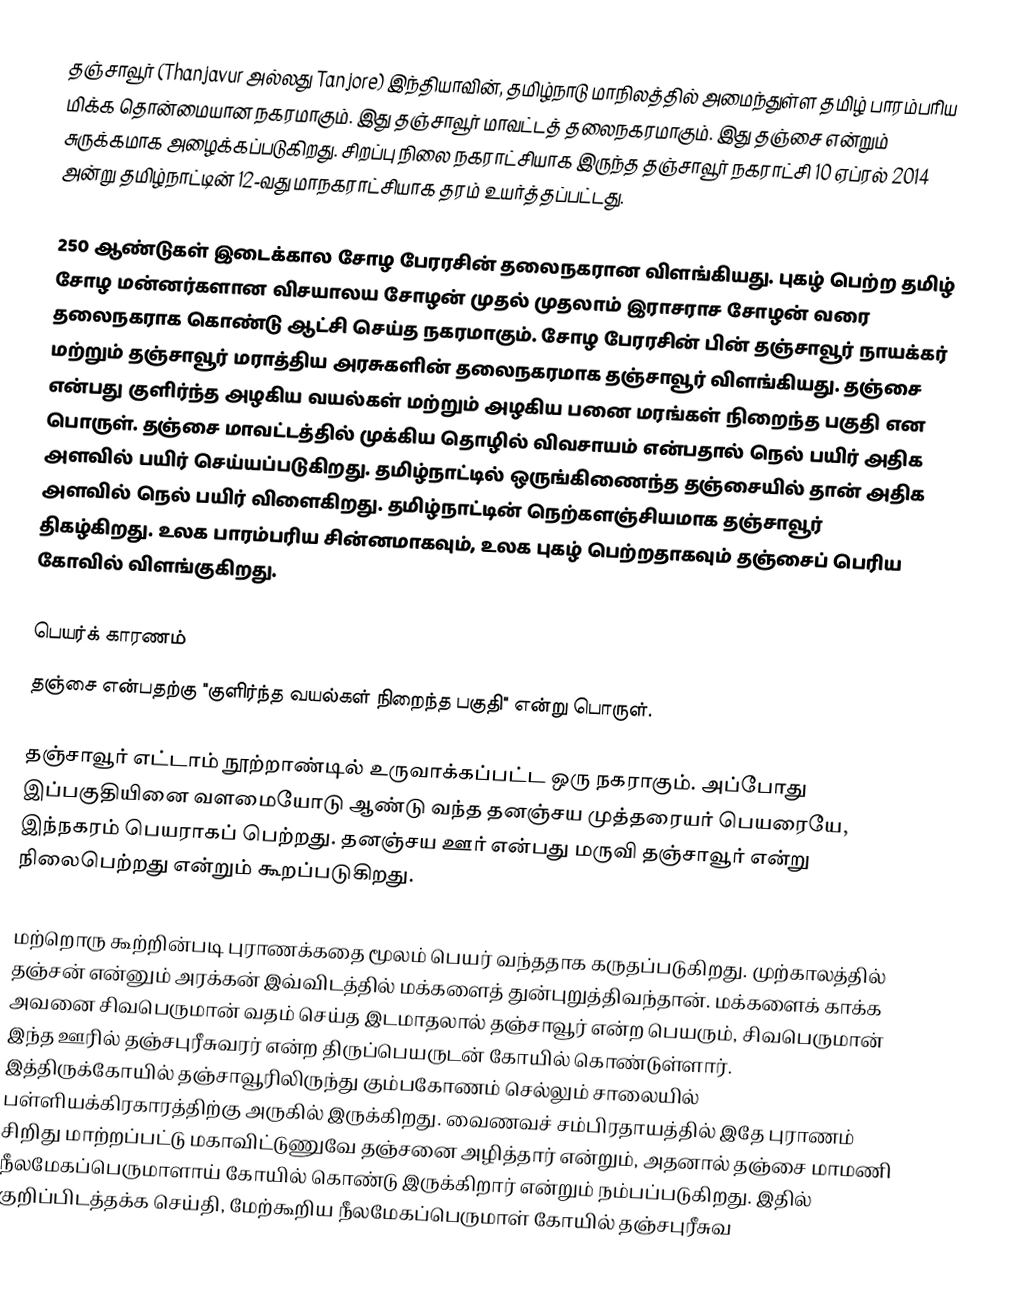
தஞ்சாவூர் (Thanjavur அல்லது Tanjore) இந்தியாவின், தமிழ்நாடு மாநிலத்தில் அமைந்துள்ள தமிழ் பாரம்பரிய மிக்க தொன்மையான நகரமாகும். இது தஞ்சாவூர் மாவட்டத் தலைநகரமாகும்.  இது தஞ்சை என்றும் சுருக்கமாக அழைக்கப்படுகிறது. சிறப்பு நிலை நகராட்சியாக இருந்த தஞ்சாவூர் நகராட்சி 10 ஏப்ரல் 2014 அன்று தமிழ்நாட்டின் 12-வது மாநகராட்சியாக தரம் உயர்த்தப்பட்டது.

250 ஆண்டுகள் இடைக்கால சோழ பேரரசின் தலைநகரான விளங்கியது. புகழ் பெற்ற தமிழ் சோழ மன்னர்களான விசயாலய சோழன் முதல் முதலாம் இராசராச சோழன் வரை தலைநகராக கொண்டு ஆட்சி செய்த நகரமாகும். சோழ பேரரசின் பின் தஞ்சாவூர் நாயக்கர் மற்றும் தஞ்சாவூர் மராத்திய அரசுகளின் தலைநகரமாக தஞ்சாவூர் விளங்கியது. தஞ்சை என்பது குளிர்ந்த அழகிய வயல்கள் மற்றும் அழகிய பனை மரங்கள் நிறைந்த பகுதி என பொருள். தஞ்சை மாவட்டத்தில் முக்கிய தொழில் விவசாயம் என்பதால் நெல் பயிர் அதிக அளவில் பயிர் செய்யப்படுகிறது. தமிழ்நாட்டில் ஒருங்கிணைந்த தஞ்சையில் தான் அதிக அளவில் நெல் பயிர் விளைகிறது. தமிழ்நாட்டின் நெற்களஞ்சியமாக தஞ்சாவூர் திகழ்கிறது. உலக பாரம்பரிய சின்னமாகவும், உலக புகழ் பெற்றதாகவும் தஞ்சைப் பெரிய கோவில் விளங்குகிறது.

பெயர்க் காரணம்
தஞ்சை என்பதற்கு "குளிர்ந்த வயல்கள் நிறைந்த பகுதி" என்று பொருள்.

தஞ்சாவூர் எட்டாம் நூற்றாண்டில் உருவாக்கப்பட்ட ஒரு நகராகும். அப்போது இப்பகுதியினை வளமையோடு ஆண்டு வந்த தனஞ்சய முத்தரையர் பெயரையே, இந்நகரம் பெயராகப் பெற்றது. தனஞ்சய ஊர் என்பது மருவி தஞ்சாவூர் என்று நிலைபெற்றது என்றும் கூறப்படுகிறது.

மற்றொரு கூற்றின்படி புராணக்கதை மூலம் பெயர் வந்ததாக கருதப்படுகிறது. முற்காலத்தில் தஞ்சன் என்னும் அரக்கன் இவ்விடத்தில் மக்களைத் துன்புறுத்திவந்தான். மக்களைக் காக்க அவனை சிவபெருமான் வதம் செய்த இடமாதலால் தஞ்சாவூர் என்ற பெயரும், சிவபெருமான் இந்த ஊரில் தஞ்சபுரீசுவரர் என்ற திருப்பெயருடன் கோயில் கொண்டுள்ளார். இத்திருக்கோயில் தஞ்சாவூரிலிருந்து கும்பகோணம் செல்லும் சாலையில் பள்ளியக்கிரகாரத்திற்கு அருகில் இருக்கிறது. வைணவச் சம்பிரதாயத்தில் இதே புராணம் சிறிது மாற்றப்பட்டு மகாவிட்டுணுவே தஞ்சனை அழித்தார் என்றும், அதனால் தஞ்சை மாமணி நீலமேகப்பெருமாளாய் கோயில் கொண்டு இருக்கிறார் என்றும் நம்பப்படுகிறது. இதில் குறிப்பிடத்தக்க செய்தி, மேற்கூறிய நீலமேகப்பெருமாள் கோயில் தஞ்சபுரீசுவ